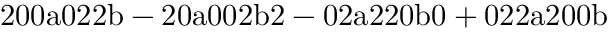
\mathrm { 2 0 0 a 0 2 2 b - 2 0 a 0 0 2 b 2 - 0 2 a 2 2 0 b 0 + 0 2 2 a 2 0 0 b }